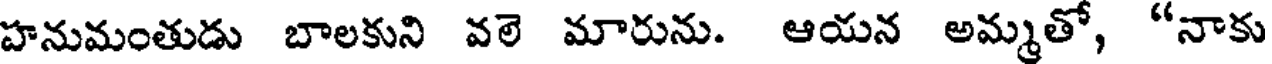
హనుమంతుడు బాలకుని వలె మారును. ఆయన అమ్మతో, "నాకు